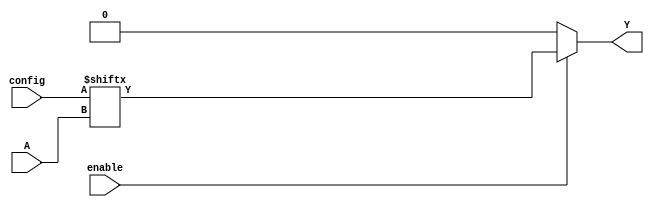
module CLB (
    input wire [3:0] A,        // Inputs (up to 4 inputs)
    input wire [3:0] config,   // Configuration bits for LUT
    input wire enable,          // Enable signal for the CLB
    output reg Y               // Output
);

// Internal signal for the LUT output
reg [15:0] lut; // 16 possible combinations for 4 inputs

// Initialize the LUT based on the configuration bits
always @(*) begin
    if (enable) begin
        // Populate the LUT based on the configuration bits
        lut[0]  = config[0];  // For input combination 0000
        lut[1]  = config[1];  // For input combination 0001
        lut[2]  = config[2];  // For input combination 0010
        lut[3]  = config[3];  // For input combination 0011
        lut[4]  = config[4];  // For input combination 0100
        lut[5]  = config[5];  // For input combination 0101
        lut[6]  = config[6];  // For input combination 0110
        lut[7]  = config[7];  // For input combination 0111
        lut[8]  = config[8];  // For input combination 1000
        lut[9]  = config[9];  // For input combination 1001
        lut[10] = config[10]; // For input combination 1010
        lut[11] = config[11]; // For input combination 1011
        lut[12] = config[12]; // For input combination 1100
        lut[13] = config[13]; // For input combination 1101
        lut[14] = config[14]; // For input combination 1110
        lut[15] = config[15]; // For input combination 1111

        // Output based on the inputs A
        Y = lut[{A[3], A[2], A[1], A[0]}]; // Select output based on input combination
    end else begin
        Y = 1'b0; // If not enabled, output is 0
    end
end

endmodule